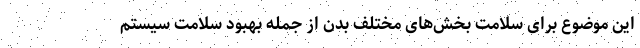
این موضوع برای سلامت بخش‌های مختلف بدن از جمله بهبود سلامت سیستم